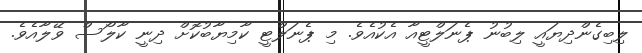
ލިބިގެންދިޔައީ ލިބުނު ޕެނަލްޓީއާ އެކުއެވެ. މި ޕެނަލްޓީ ކާމިޔާބުކޮށް ދިނީ ކާލޯސް ވޭލާއެވެ.